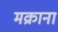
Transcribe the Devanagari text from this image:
मक्राना